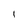
Character: I